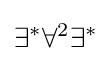
\exists ^{*}\forall ^{2}\exists ^{*}